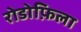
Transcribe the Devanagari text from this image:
रोडोफ़िला